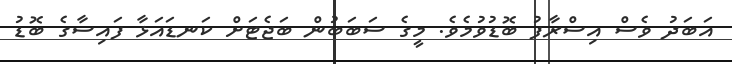
އަބަދު ވެސް އިސްރާފު ބޮޑުވުމެވެ. މީގެ ސަބަބުން ބަޖެޓަށް ކަނޑައަޅާ ފައިސާގެ ބޮޑު